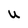
Character: U